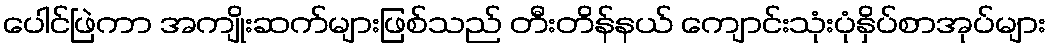
ပေါင်ဖြဲကာ အကျိုးဆက်များဖြစ်သည် တီးတိန်နယ် ကျောင်းသုံးပုံနှိပ်စာအုပ်များ